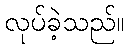
လုပ်ခဲ့သည်။